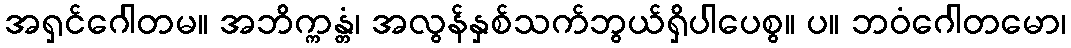
အရှင်ဂေါတမ။ အဘိက္ကန္တံ၊ အလွန်နှစ်သက်ဘွယ်ရှိပါပေစွ။ ပ။ ဘဝံဂေါတမော၊